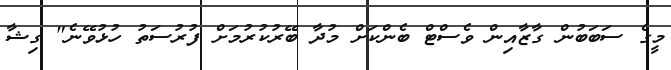
މީގެ ސަބަބުން ގާޒާއިން ވެސްޓް ބެންކަށް މުދާ ބޭރުކުރުމަށް ފުރުސަތު ހުޅުވޭނެ" ގިޝާ